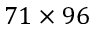
7 1 \times 9 6